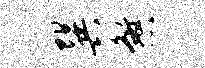
巽煞